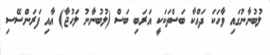
ލުބުނާނުގައި ވާހަކަ ދައްކާ ބަސްތަކަކީ އަރަބި ބަސް (ލުބުނާނު ލަހުޖާ) އާއި ފަރަންސޭސި